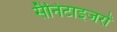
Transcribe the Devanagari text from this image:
सैनिटाइजरों